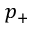
p _ { + }